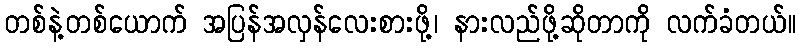
တစ်နဲ့တစ်ယောက် အပြန်အလှန်လေးစားဖို့၊ နားလည်ဖို့ဆိုတာကို လက်ခံတယ်။